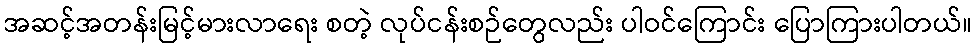
အဆင့်အတန်းမြင့်မားလာရေး စတဲ့ လုပ်ငန်းစဉ်တွေလည်း ပါဝင်ကြောင်း ပြောကြားပါတယ်။